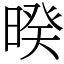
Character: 暌